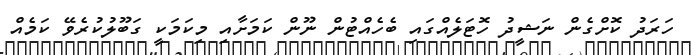
ހަރަދު ކޮށްގެން ނަޝީދު ހޮޓަލެއްގައި ބެހެއްޓުން ނޫން ކަމަށާއި މިކަމަކީ ގަބޫލުކުރެވޭ ކަމެއް